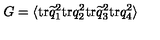
G = \langle \mathrm { t r } \widetilde q _ { 1 } ^ { 2 } \mathrm { t r } q _ { 2 } ^ { 2 } \mathrm { t r } \widetilde q _ { 3 } ^ { 2 } \mathrm { t r } q _ { 4 } ^ { 2 } \rangle